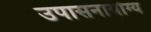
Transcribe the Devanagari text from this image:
उपासनायोग्य